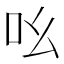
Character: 吆